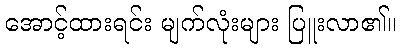
အောင့်ထားရင်း မျက်လုံးများ ပြူးလာ၏။